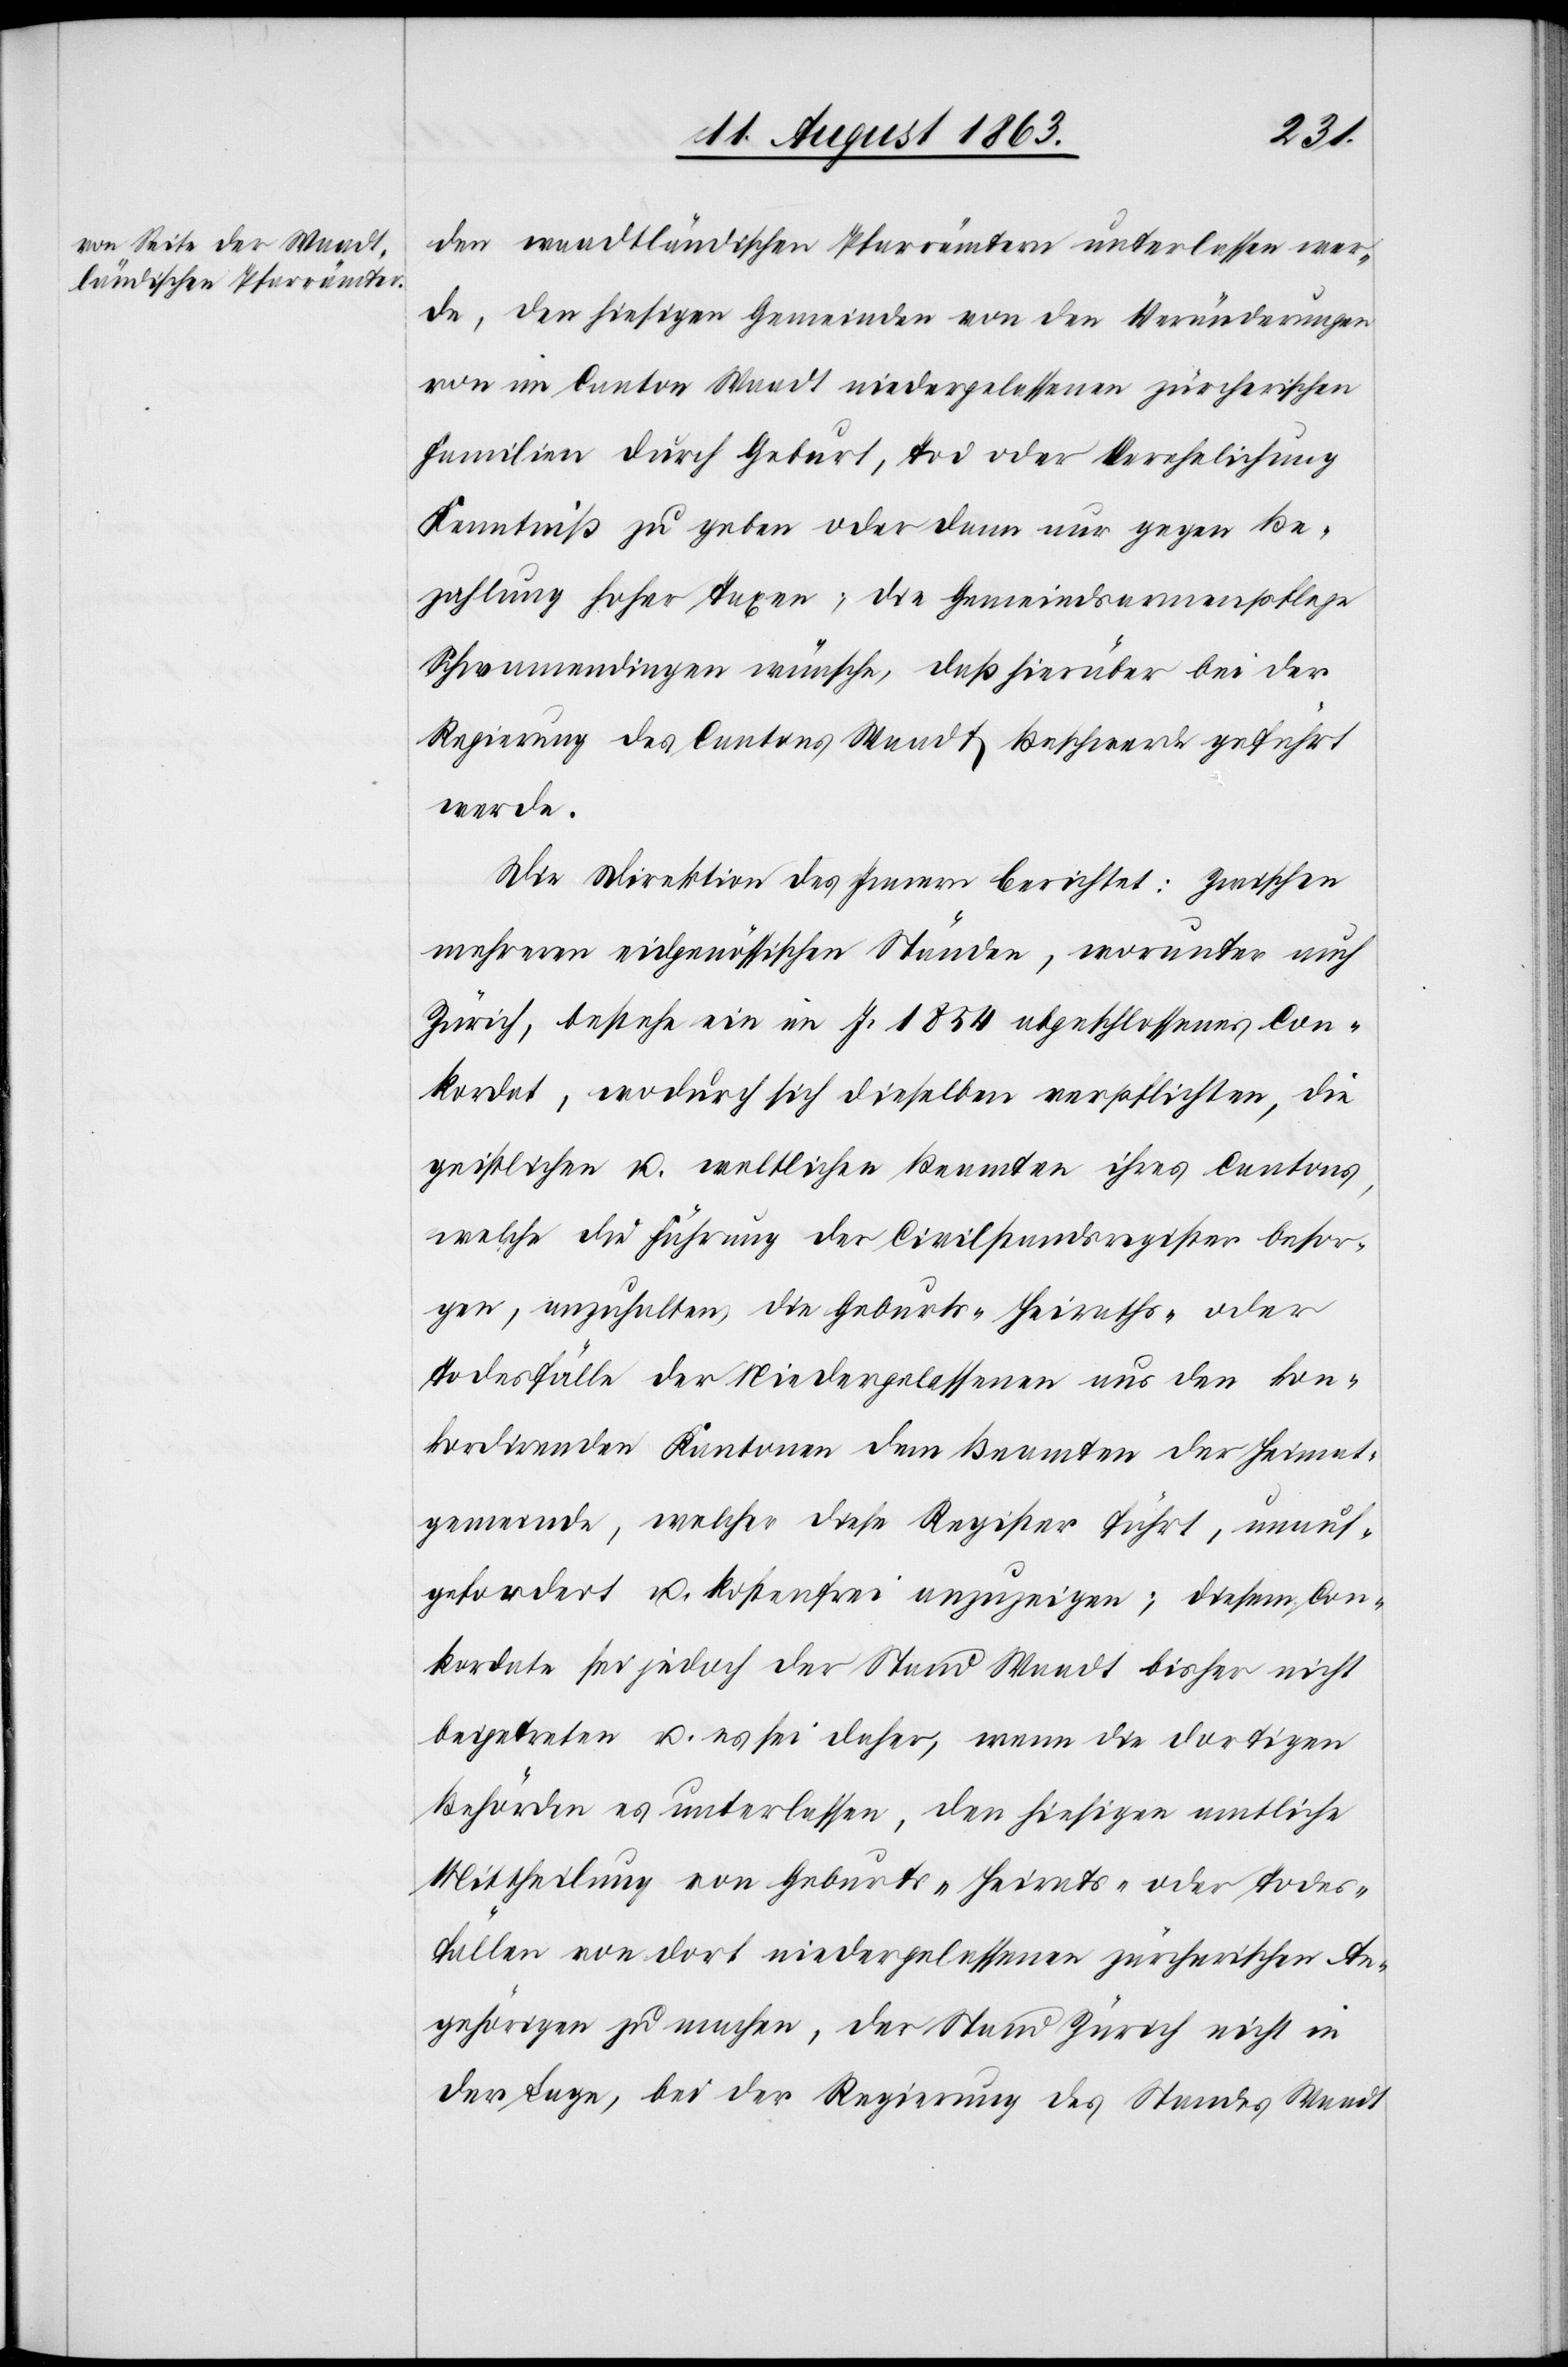
den waadtländischen Pfarrämtern unterlassen wer¬
de, den hiesigen Gemeinden von den Veränderungen
von im Canton Waadt niedergelassenen zürcherischen
Familien durch Geburt, Tod oder Verehelichung
Kenntniß zu geben oder dann nur gegen Be¬
zahlung hoher Taxen; die Gemeindsarmenpflege
Schwamendingen wünsche, daß hierüber bei der
Regierung des Cantons Waadt Beschwerde geführt
werde.
Die Direktion des Innern berichtet: Zwischen
mehreren eidgenössischen Ständen, worunter auch
Zürich, bestehe ein im J. 1854 abgeschlossenes Con¬
kordat, wodurch sich dieselben verpflichten, die
geistlichen u. weltlichen Beamten ihres Cantons,
welche die Führung der Civilstandsregister besor¬
gen, anzuhalten, die Geburts-[,] Heiraths- oder
Todesfälle der Niedergelassenen aus den kon¬
kordirenden Kantonen dem Beamten der Heimat¬
gemeinde, welcher diese Register führt, unauf¬
gefordert u. kostenfrei anzuzeigen; diesem Con¬
kordate sei jedoch der Stand Waadt bisher nicht
beigetreten u. es sei daher, wenn die dortigen
Behörden es unterlassen, den hiesigen amtliche
Mittheilung von Geburts-[,] Heirats- oder Todes¬
fällen von dort niedergelassenen zürcherischen An¬
gehörigen zu machen, der Stand Zürich nicht in
der Lage, bei der Regierung des Standes Waadt